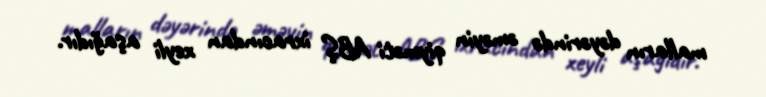
malların dəyərində əməyin qiyməti ABŞ ixracından xeyli aşağıdır.